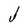
Character: J